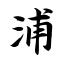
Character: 浦